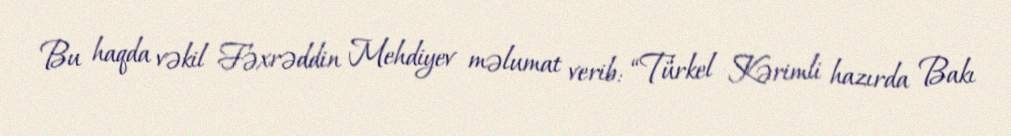
Bu haqda vəkil Fəxrəddin Mehdiyev məlumat verib: “Türkel Kərimli hazırda Bakı